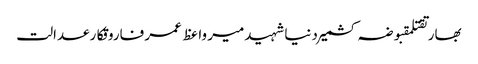
بھارتقتلمقبوضہ کشمیردنیاشہیدمیر واعظ عمر فاروقکارعدالت